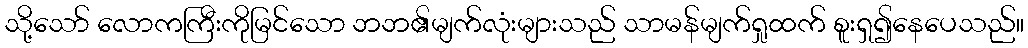
သို့သော် လောကကြီးကိုမြင်သော ဘဘ၏မျက်လုံးများသည် သာမန်မျက်ရှုထက် စူးရှ၍နေပေသည်။